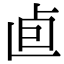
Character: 𠧠